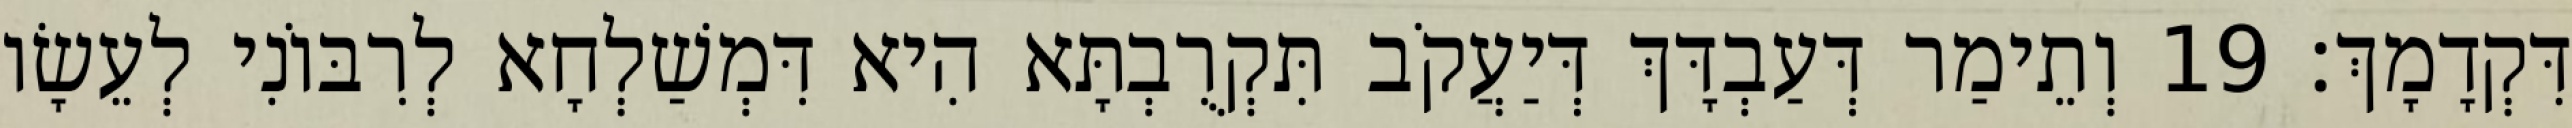
דִּקְדָמָךְ׃ 19 וְתֵימַר דְּעַבְדָּךְ דְּיַעֲקֹב תִּקְרֻבְתָּא הִיא דִּמְשַׁלְחָא לְרִבּוֹנִי לְעֵשָׂו